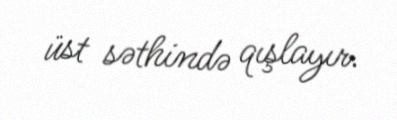
üst səthində qışlayır.